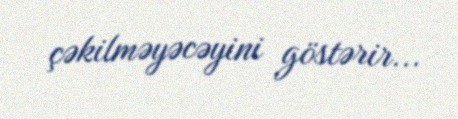
çəkilməyəcəyini göstərir...